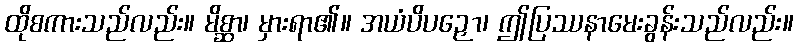
ထိုစကားသည်လည်း။ မိစ္ဆာ၊ မှားရာ၏။ အယံပိပဉှော၊ ဤပြဿနာမေးခွန်းသည်လည်း။